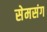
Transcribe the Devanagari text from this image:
सेमसंग